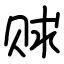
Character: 赇